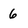
Character: 6